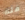
قله